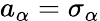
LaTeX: a_{\alpha}=\sigma_{\alpha}